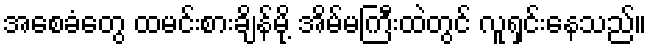
အစေခံတွေ ထမင်းစားချိန်မို့ အိမ်မကြီးထဲတွင် လူရှင်းနေသည်။